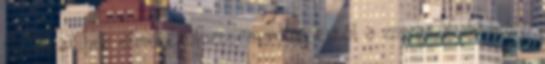
ölelni, akihez elmenekülhettem volna ettől a zsivajtól, de hiába